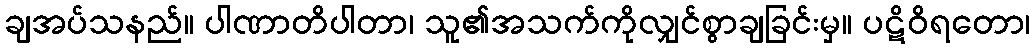
ချအပ်သနည်။ ပါဏာတိပါတာ၊ သူ၏အသက်ကိုလျှင်စွာချခြင်းမှ။ ပဋိဝိရတော၊